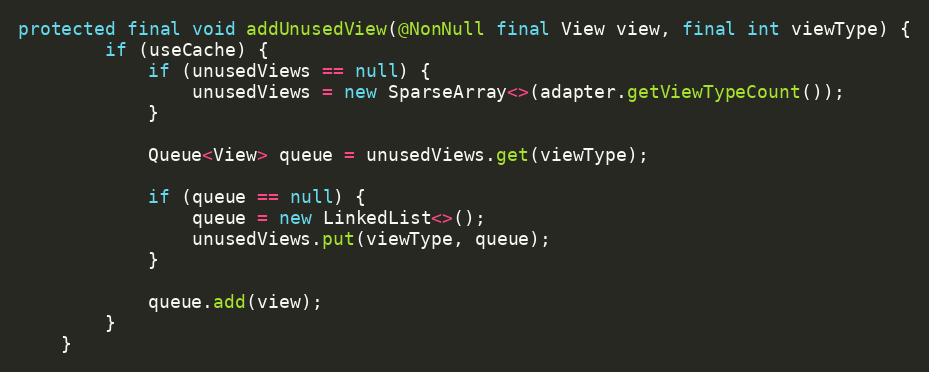
Language: Java
protected final void addUnusedView(@NonNull final View view, final int viewType) {
        if (useCache) {
            if (unusedViews == null) {
                unusedViews = new SparseArray<>(adapter.getViewTypeCount());
            }

            Queue<View> queue = unusedViews.get(viewType);

            if (queue == null) {
                queue = new LinkedList<>();
                unusedViews.put(viewType, queue);
            }

            queue.add(view);
        }
    }